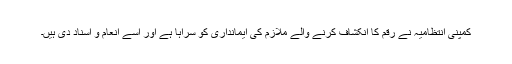
کمپنی انتظامیہ نے رقم کا انکشاف کرنے والے ملازم کی ایمانداری کو سراہا ہے اور اسے انعام و اسناد دی ہیں۔